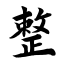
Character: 整